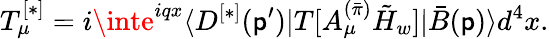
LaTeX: T_{\mu}^{[*]}=i\inte^{iqx}{\langle{D^{[*]}(\mathsf{p}^{\prime})|T[A_{\mu}^{(\bar{{\pi}})}\tilde{{H}}_{w}]|\bar{{B}}(\mathsf{p})}\rangle}d^{4}x.